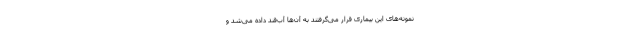
نمونه‌های این بیماری قرار می‌گرفتند به آن‌ها آب‌قند داده می‌شد و